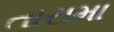
તારામા